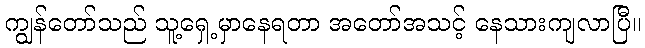
ကျွန်တော်သည် သူ့ရှေ့မှာနေရတာ အတော်အသင့် နေသားကျလာပြီ။